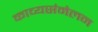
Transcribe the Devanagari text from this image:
काव्यसंमेलन